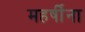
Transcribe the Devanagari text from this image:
महर्षींना